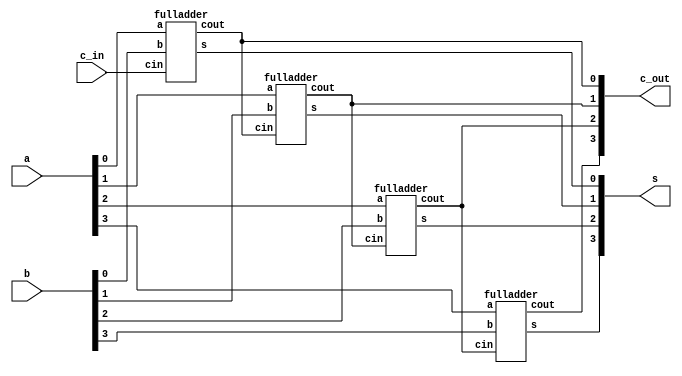
module part1(a, b, c_in, s, c_out);

//a and b are 4bit inputs
//s is 4bit sum output
//c out is the 4 bit vector of the
//four carry out sums of each FA

	input [3:0] a, b;
	input c_in;
	output [3:0] s, c_out;

	//create four instances of fulladderrrsssssssssssss
	fulladder adder1(a[0], b[0], c_in, s[0], c_out[0]);
	fulladder adder2(a[1], b[1], c_out[0], s[1], c_out[1]);
	fulladder adder3(a[2], b[2], c_out[1], s[2], c_out[2]);
	fulladder adder4(a[3], b[3], c_out[2], s[3], c_out[3]);
	// carry out bit from each instance is being passed to the next
endmodule 


module fulladder (a, b, cin, s, cout);

	input a, b, cin;
	output s, cout;
	
	assign s = a^b^cin; //a XOR b XOR cin
	assign cout = (a&b)|(cin&b)|(cin&a); //expression from lecture notes

endmodule